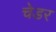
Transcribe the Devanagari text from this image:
चेडर